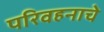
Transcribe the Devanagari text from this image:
परिवहनाचे